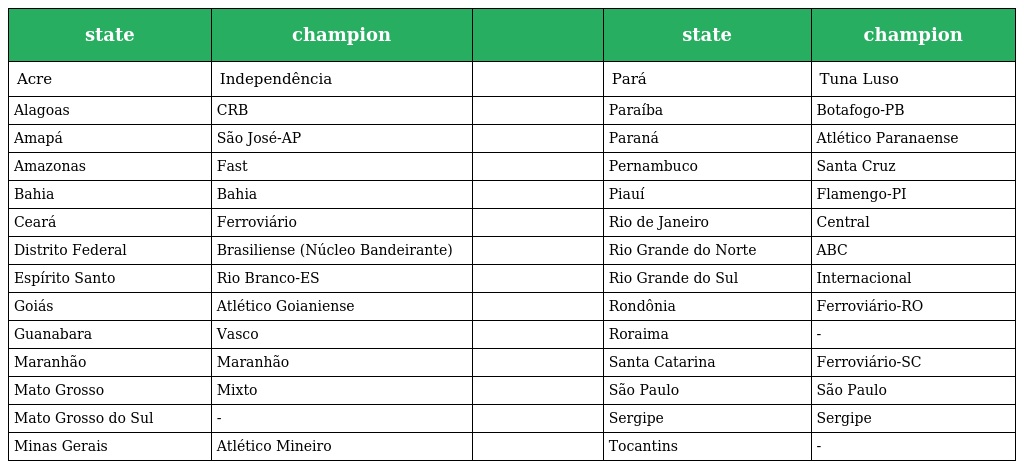
| state | champion |  | state | champion |
 | --- | --- | --- | --- | --- |
 | Acre | Independência |  | Pará | Tuna Luso |
 | Alagoas | CRB |  | Paraíba | Botafogo-PB |
 | Amapá | São José-AP |  | Paraná | Atlético Paranaense |
 | Amazonas | Fast |  | Pernambuco | Santa Cruz |
 | Bahia | Bahia |  | Piauí | Flamengo-PI |
 | Ceará | Ferroviário |  | Rio de Janeiro | Central |
 | Distrito Federal | Brasiliense (Núcleo Bandeirante) |  | Rio Grande do Norte | ABC |
 | Espírito Santo | Rio Branco-ES |  | Rio Grande do Sul | Internacional |
 | Goiás | Atlético Goianiense |  | Rondônia | Ferroviário-RO |
 | Guanabara | Vasco |  | Roraima | - |
 | Maranhão | Maranhão |  | Santa Catarina | Ferroviário-SC |
 | Mato Grosso | Mixto |  | São Paulo | São Paulo |
 | Mato Grosso do Sul | - |  | Sergipe | Sergipe |
 | Minas Gerais | Atlético Mineiro |  | Tocantins | - |